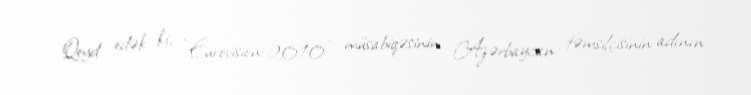
Qeyd edək ki, “Eurovision-2010” müsabiqəsinin Azərbaycan təmsilçisinin adının